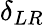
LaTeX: \delta_{LR}